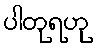
ပါတုရဟု